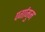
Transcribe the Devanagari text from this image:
पर्गामुम